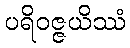
ပရိဝဇ္ဇယိဿံ